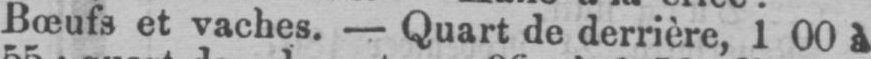
Bœufs et vaches. - Quart de derrière, 1 00 à